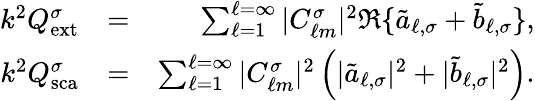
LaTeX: \begin{array}{rlr}{k^{2}Q_{\mathrm{{ext}}}^{\sigma}}&{=}&{\sum_{\ell=1}^{\ell=\infty}|C_{\ell m}^{\sigma}|^{2}\Re\{ \tilde{a}_{\ell,\sigma}+\tilde{b}_{\ell,\sigma}\} ,}\\ {k^{2}Q_{\mathrm{sca}}^{\sigma}}&{=}&{\sum_{\ell=1}^{\ell=\infty}|C_{\ell m}^{\sigma}|^{2}\left(|\tilde{a}_{\ell,\sigma}|^{2}+|\tilde{b}_{\ell,\sigma}|^{2}\right).}\end{array}